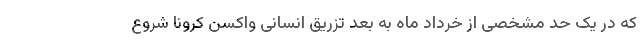
که در یک حد مشخصی از خرداد ماه به بعد تزریق انسانی واکسن کرونا شروع